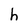
Character: h